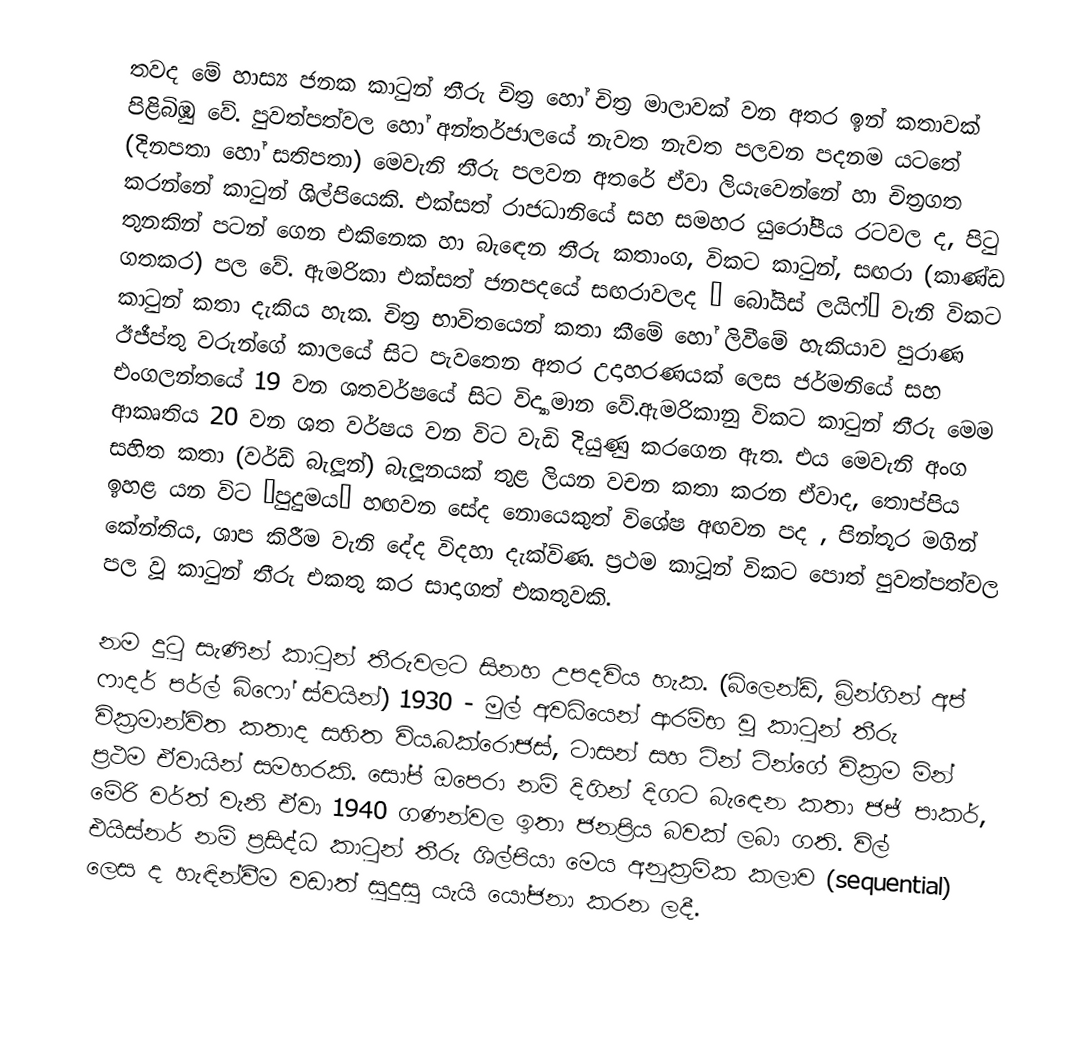
තවද මේ හාස්‍ය ජනක කාටුන් තීරු චිත්‍ර හෝ චිත්‍ර මාලාවක් වන අතර ඉන් කතාවක් පිළිබිඹු වේ. පුවත්පත්වල හෝ අන්තර්ජාලයේ නැවත නැවත පලවන පදනම යටතේ (දිනපතා හෝ සතිපතා) මෙවැනි තීරු පලවන අතරේ ඒවා ලියැවෙන්නේ හා චිත්‍රගත කරන්නේ කාටුන් ශිල්පියෙකි. එක්සත් රාජධානියේ සහ සමහර යුරෝපීය රටවල ද, පිටු තුනකින් පටන් ගෙන එකිනෙක හා බැ‍ඳෙන තීරු කතාංග, විකට කාටුන්, සඟරා (කාණ්ඩ ගතකර) පල වේ. ඇමරිකා එක්සත් ජනපදයේ සඟරාවලද “ බෝයිස් ලයිෆ්” වැනි විකට කාටුන් කතා දැකිය හැක. චිත්‍ර භාවිතයෙන්  කතා කීමේ හෝ ලිවීමේ හැකියාව පුරාණ ඊජීප්තු වරුන්ගේ කාලයේ සිට පැවතෙන අතර උදාහරණයක් ලෙස ජර්මනියේ සහ එංගලන්තයේ 19 වන ශතවර්ෂයේ සිට විද්‍යාමාන වේ.ඇමරිකානු විකට කාටුන් තීරු මෙම ආකෘතිය 20 වන ශත වර්ෂය වන විට වැඩි දියුණු කරගෙන ඇත. එය මෙවැනි අංග සහිත කතා (වර්ඩ් බැලූන්) බැලූනයක් තුළ ලියන වචන කතා කරන ඒවාද, තොප්පිය ඉහළ යන විට ‘පුදුමය’ හඟවන සේද නොයෙකුත් විශේෂ අඟවන පද , පින්තූර මගින් කේන්තිය, ශාප කිරීම වැනි දේද විදහා දැක්විණ. ප්‍රථම කාටූන් විකට පොත් පුවත්පත්වල පල වූ කාටුන් තීරු එකතු කර සාදාගත් එකතුවකි.

නම දුටු සැණින් කාටුන් තීරුවලට සිනහ උපදවිය හැක. (බ්ලෙන්ඩ්, බ්‍රින්ගින් අප් ෆාදර් පර්ල් බිෆෝ ස්වයින්) 1930 - මුල් අවධියෙන් ආරම්භ වූ කාටුන් තීරු වික්‍රමාන්විත කතාද සහිත විය.බක්රොජස්, ටාසන් සහ ටින් ටින්ගේ වික්‍රම මින් ප්‍රථම ඒවායින් සමහරකි. සෝප් ඔපෙරා නම් දිගින් දිගට බැ‍ඳෙන කතා ජජ් පාකර්, මේරි වර්ත් වැනි ඒවා 1940 ගණන්වල ඉතා ජනප්‍රිය බවක් ලබා ගති. විල් එයිස්නර්  නම්  ප්‍රසිද්ධ කාටුන් තීරු ශිල්පියා මෙය අනුක්‍රමික කලාව (sequential) ලෙස ද හැඳින්වීම වඩාත් සුදුසු යැයි යෝජනා කරන ලදී.